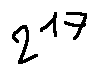
2 ^ { 1 7 }